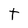
Character: t